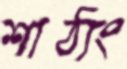
শাঠ্যং